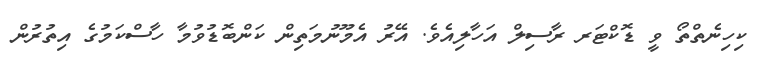
ކިހިނެތްތޯ ވީ ޑޮކްޓަރ ރާސިލް އަހާލިއެވެ. އޭރު އެމޫނުމަތިން ކަންބޮޑުވުމާ ހާސްކަމުގެ އިތުރުން